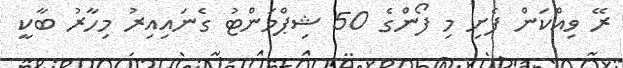
ރޭ ވިއްކަން ފެށި މި ފޯންގެ 50 ޝިޕްމަންޓު ގެނައިއިރު މިހާރު ބާކީ